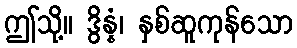
ဤသို့။ ဒွိန္နံ၊ နှစ်ဆူကုန်သော